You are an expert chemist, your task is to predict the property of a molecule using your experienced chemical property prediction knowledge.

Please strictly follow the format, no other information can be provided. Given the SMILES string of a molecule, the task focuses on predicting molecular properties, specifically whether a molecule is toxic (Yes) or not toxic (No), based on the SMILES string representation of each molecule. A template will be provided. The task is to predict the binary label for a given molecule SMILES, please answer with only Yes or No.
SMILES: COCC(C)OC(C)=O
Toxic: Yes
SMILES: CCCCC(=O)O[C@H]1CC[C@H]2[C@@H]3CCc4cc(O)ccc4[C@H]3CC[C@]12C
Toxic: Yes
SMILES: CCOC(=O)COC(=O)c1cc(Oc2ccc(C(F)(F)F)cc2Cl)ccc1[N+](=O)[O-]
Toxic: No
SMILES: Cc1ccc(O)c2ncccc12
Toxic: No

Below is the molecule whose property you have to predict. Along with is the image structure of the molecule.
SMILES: SC1CCCC1
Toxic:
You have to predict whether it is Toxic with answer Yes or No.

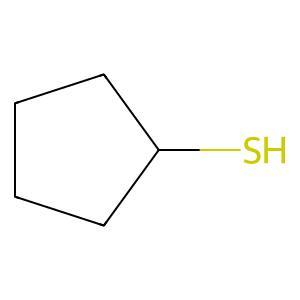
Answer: No